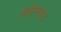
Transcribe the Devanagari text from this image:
मित्ग्लिएद